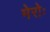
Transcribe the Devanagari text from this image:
मेरोः